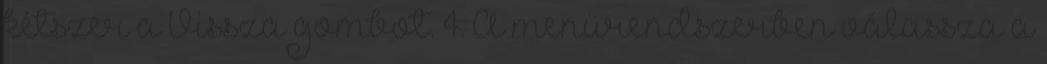
kétszer a Vissza gombot. 4. A menürendszerben válassza a